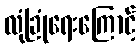
လုံခြုံရေးကြောင့်